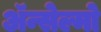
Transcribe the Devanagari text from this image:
ॲन्सेल्मो